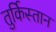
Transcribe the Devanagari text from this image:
तुर्किस्‍तान